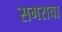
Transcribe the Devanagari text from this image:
सगराचा